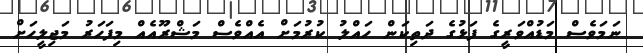
ނަމަވެސް މަޑުއްވަރީގެ ފަޅުގެ ދަތިކަން ހައްލު ކުރުމަށް އެއްވެސް މަޝްރޫއެއް މިފަހަރު މަޖިލީހަށް